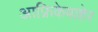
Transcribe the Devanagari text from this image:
आफ्रिकेबाहेर